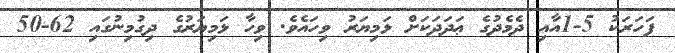
ފަހަރަކު 5-1އާއި ދެމެދުގެ ޢަދަދަކަށް ޅަމިޔަރު ވިހައެވެ. ވިހާ ޅަމިޔަރުގެ ދިގުމިނުގައި 62-50